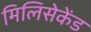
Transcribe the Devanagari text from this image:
मिलिसेकेंड